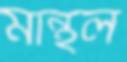
মান্থল